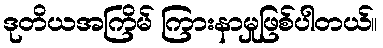
ဒုတိယအကြိမ် ကြားနာမှုဖြစ်ပါတယ်။